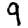
Digit: 9